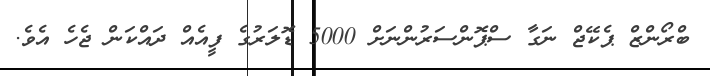
ބްރޯންޒް ޕެކޭޖް ނަގާ ސްޕޮންސަރުންނަށް 5000 ޑޮލަރުގެ ފީއެއް ދައްކަން ޖެހެ އެވެ.